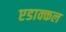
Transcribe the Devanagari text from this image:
एडाक्कल